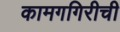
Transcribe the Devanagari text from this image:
कामगगिरीची